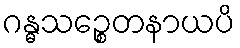
ဂန္ဓသဉ္စေတနာယပိ